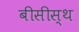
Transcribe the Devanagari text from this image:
बीसीस्थ